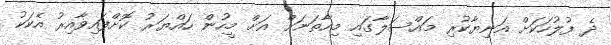
ދެ ފުލުހަކަށް އަނިޔާކުރި މައްސަލާގައި މިހާތަނަށް އަށް މީހުން ހައްޔަރު ކޮށްފައިވާއިރު އެކަކު